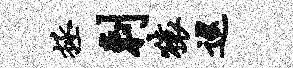
拯剌猿巡